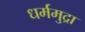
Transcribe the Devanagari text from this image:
धर्ममुद्रा